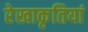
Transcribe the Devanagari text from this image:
रेखाकृतियां